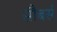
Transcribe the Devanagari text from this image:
सौबर्स